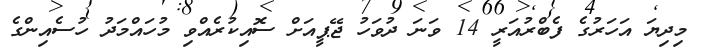
މިދިޔަ އަހަރުގެ ފެބްރުއަރީ 14 ވަނަ ދުވަހު ޖޭޕީއަށް ސޮއިކުރެއްވި މުހައްމަދު ހުސެއިންގެ